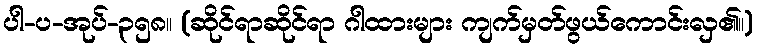
ပါ-ပ-အုပ်-၃၅၈။ (ဆိုင်ရာဆိုင်ရာ ဂါထားများ ကျက်မှတ်ဖွယ်ကောင်းလှ၏။)